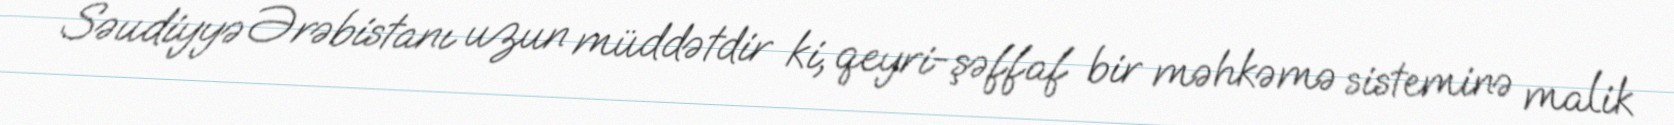
Səudiyyə Ərəbistanı uzun müddətdir ki, qeyri-şəffaf bir məhkəmə sisteminə malik